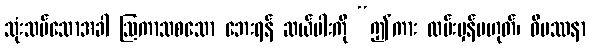
သုံးသပ်သောအခါ ဩကာသစသော ဘေးရန် ဆယ်ပါးကို “ဤကား လမ်းမှန်မဟုတ်၊ ဝိပဿနာ